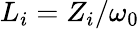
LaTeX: L_{i}=Z_{i}/\omega_{0}